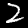
Label: 2